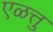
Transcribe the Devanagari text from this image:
एळत्तु